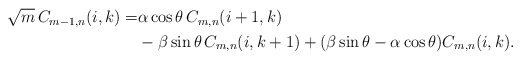
\begin{align*}\begin{aligned}\sqrt{m}\,C_{m-1,n}(i,k)=&\alpha \cos \theta\, C_{m,n}(i+1,k)\\&-\beta \sin \theta\, C_{m,n}(i,k+1)+(\beta \sin \theta-\alpha \cos \theta) C_{m,n}(i,k).\end{aligned}\end{align*}